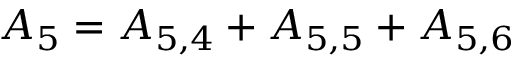
{ A _ { 5 } } = { A _ { 5 , 4 } } + { A _ { 5 , 5 } } + { A _ { 5 , 6 } }